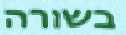
בשורה